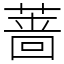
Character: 蔷